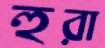
হুরা